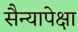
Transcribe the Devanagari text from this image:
सैन्यापेक्षा